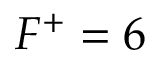
F ^ { + } = 6